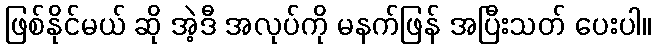
ဖြစ်နိုင်မယ် ဆို အဲ့ဒီ အလုပ်ကို မနက်ဖြန် အပြီးသတ် ပေးပါ။